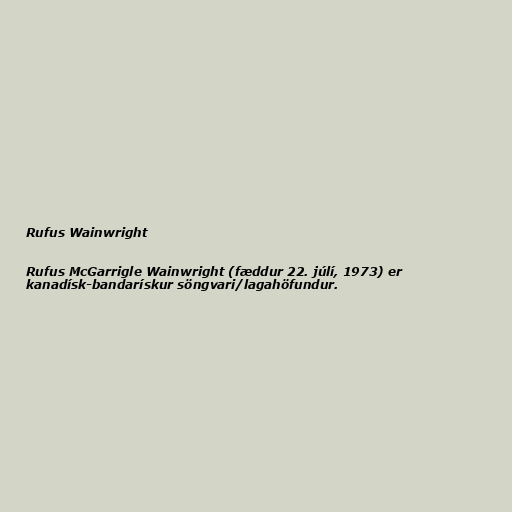
Rufus Wainwright

Rufus McGarrigle Wainwright (fæddur 22. júlí, 1973) er
kanadísk-bandarískur söngvari/lagahöfundur.